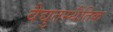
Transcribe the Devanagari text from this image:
वैद्युतस्थैतिक